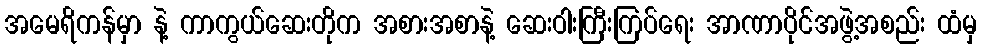
အမေရိကန်မှာ နဲ့ ကာကွယ်ဆေးတိုက အစားအစာနဲ့ ဆေးဝါးကြီးကြပ်ရေး အာဏာပိုင်အဖွဲ့အစည်း ထံမှ